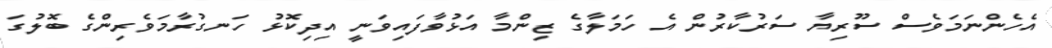
އެހެންނަމަވެސް ސޫރިޔާ ސަރުކާރުން އެ ހަމަލާގެ ޒިންމާ އަޅުވާފައިވަނީ އިދިކޮޅު ހަނގުރާމަވެރިންގެ ބޮލުގަ